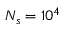
N _ { s } = 1 0 ^ { 4 }